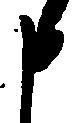
申